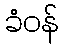
ခံဝန်